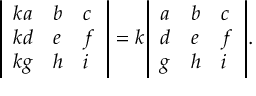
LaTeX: { \left| \begin{array} { l l l } { k a } & { b } & { c } \\ { k d } & { e } & { f } \\ { k g } & { h } & { i } \end{array} \right| } = k { \left| \begin{array} { l l l } { a } & { b } & { c } \\ { d } & { e } & { f } \\ { g } & { h } & { i } \end{array} \right| } .